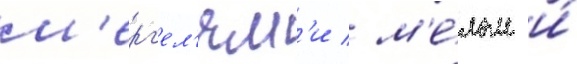
м'ерг'ел'ям'и / м'е́лом и́